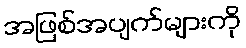
အဖြစ်အပျက်များကို